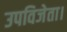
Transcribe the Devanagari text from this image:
उपविजेता।